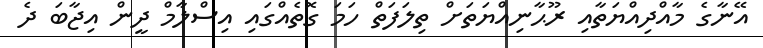
އޭނާގެ މާއްދިއްޔަތާއި ރޫޙާނިއްޔަތަށް ތިލަފަތް ހަމަ ގޮތެއްގައި އިސްލާމް ދީން އިޖާބަ ދެ